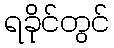
ရခိုင်တွင်